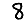
Digit: 8